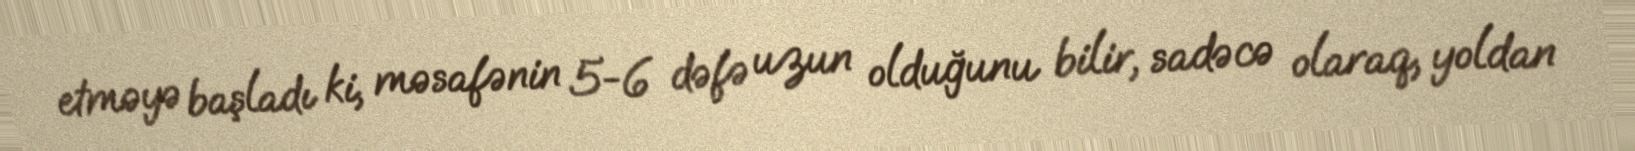
etməyə başladı ki, məsafənin 5-6 dəfə uzun olduğunu bilir, sadəcə olaraq, yoldan